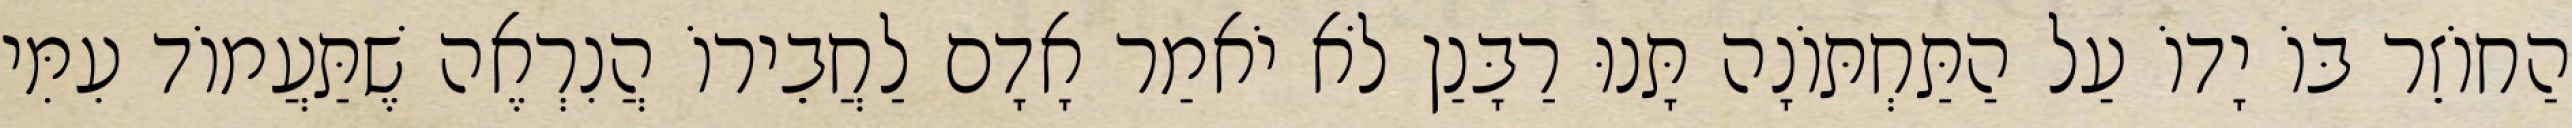
הַחוֹזֵר בּוֹ יָדוֹ עַל הַתַּחְתּוֹנָה תָּנוּ רַבָּנַן לֹא יֹאמַר אָדָם לַחֲבֵירוֹ הֲנִרְאֶה שֶׁתַּעֲמוֹד עִמִּי